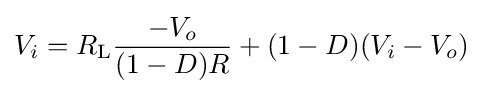
V_{i}=R_{\text{L}}{\frac {-V_{o}}{(1-D)R}}+(1-D)(V_{i}-V_{o})